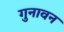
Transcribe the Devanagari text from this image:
गुनावन